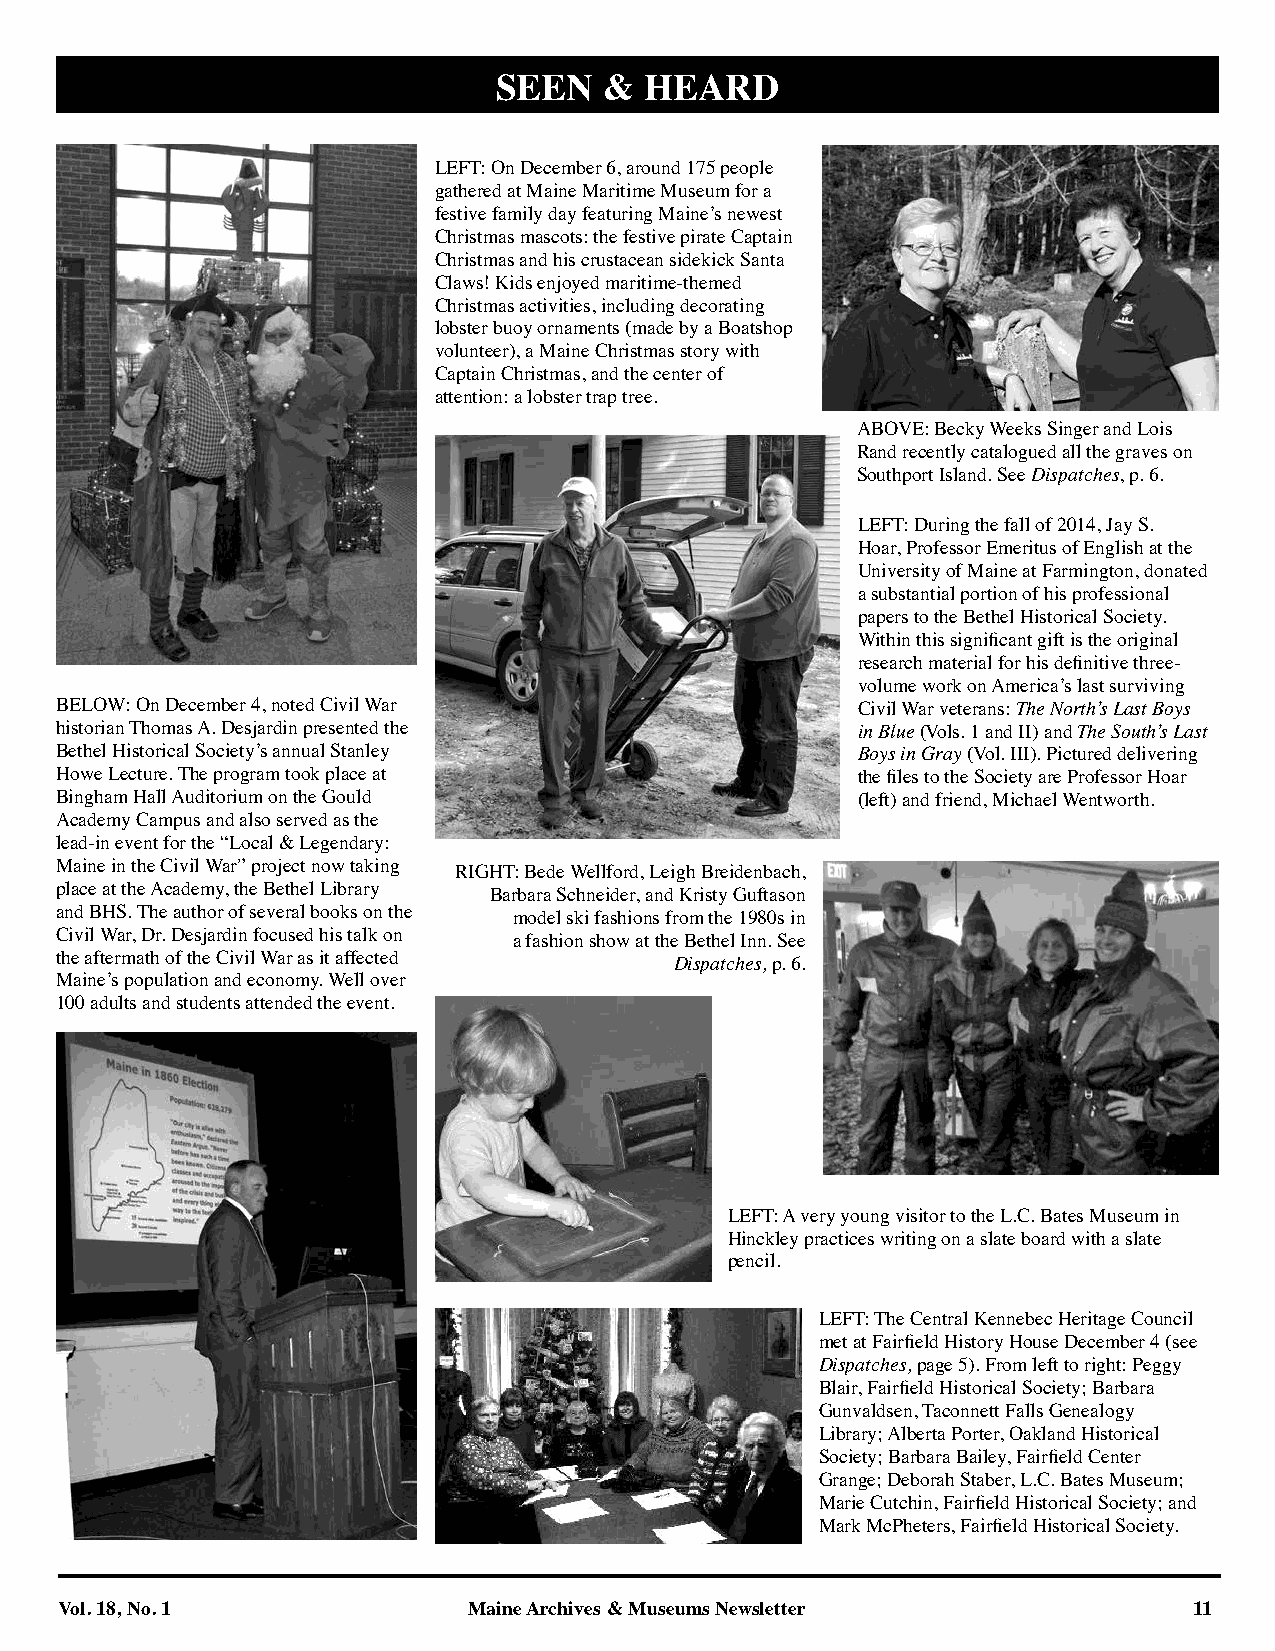
SEEN   &  HEARD
 LEFT: On December 6, around 175 people
 gathered at Maine Maritime Museum for a
 festive family day featuring Maine’s newest
 Christmas mascots: the festive pirate Captain
 Christmas and his crustacean sidekick Santa
 Claws! Kids enjoyed maritime-themed
 Christmas activities, including decorating
 lobster buoy ornaments (made by a Boatshop
 volunteer), a Maine Christmas story with
 Captain Christmas, and the center of
 attention: a lobster trap tree.
 ABOVE: Becky Weeks Singer and Lois
 Rand recently catalogued all the graves on
 Southport Island. See Dispatches, p. 6.
 LEFT: During the fall of 2014, Jay S.
 Hoar, Professor Emeritus of English at the
 University of Maine at Farmington, donated
 a substantial portion of his professional
 papers to the Bethel Historical Society.
 Within this significant gift is the original
 research material for his definitive three-
 volume work on America’s last surviving
 BELOW: On December 4, noted Civil War                Civil War veterans: The North’s Last Boys
 historian Thomas A. Desjardin presented the          in Blue (Vols. 1 and II) and The South’s Last
 Bethel Historical Society’s annual Stanley           Boys in Gray (Vol. III). Pictured delivering
 Howe Lecture. The program took place at              the files to the Society are Professor Hoar
 Bingham Hall Auditorium on the Gould                 (left) and friend, Michael Wentworth.
 Academy Campus and also served as the
 lead-in event for the “Local & Legendary:
 Maine in the Civil War” project now taking RIGHT: Bede Wellford, Leigh Breidenbach,
 place at the Academy, the Bethel Library Barbara Schneider, and Kristy Guftason
 and BHS. The author of several books on the model ski fashions from the 1980s in
 Civil War, Dr. Desjardin focused his talk on a fashion show at the Bethel Inn. See
 the aftermath of the Civil War as it affected Dispatches, p. 6.
 Maine’s population and economy. Well over
 100 adults and students attended the event.
 LEFT: A very young visitor to the L.C. Bates Museum in
 Hinckley practices writing on a slate board with a slate
 pencil.
 LEFT: The Central Kennebec Heritage Council
 met at Fairfield History House December 4 (see
 Dispatches, page 5). From left to right: Peggy
 Blair, Fairfield Historical Society; Barbara
 Gunvaldsen, Taconnett Falls Genealogy
 Library; Alberta Porter, Oakland Historical
 Society; Barbara Bailey, Fairfield Center
 Grange; Deborah Staber, L.C. Bates Museum;
 Marie Cutchin, Fairfield Historical Society; and
 Mark McPheters, Fairfield Historical Society.
 Vol. 18, No. 1             Maine Archives & Museums Newsletter             11